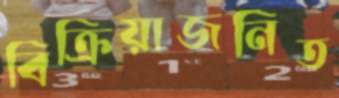
বিক্রিয়াজনিত